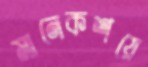
মানেকশয়ে